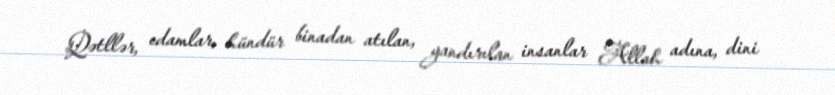
Qətllər, edamlar, hündür binadan atılan, yandırılan insanlar Allah adına, dini